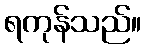
ရကုန်သည်။